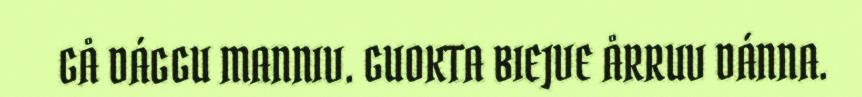
GÅ DÁGGU MANNIV. GUOKTA BIEJVE ÅRRUV DÁNNA.